Annual statistical returns and brief notes on vaccination in Bengal - 1896-1909
Year: 1896
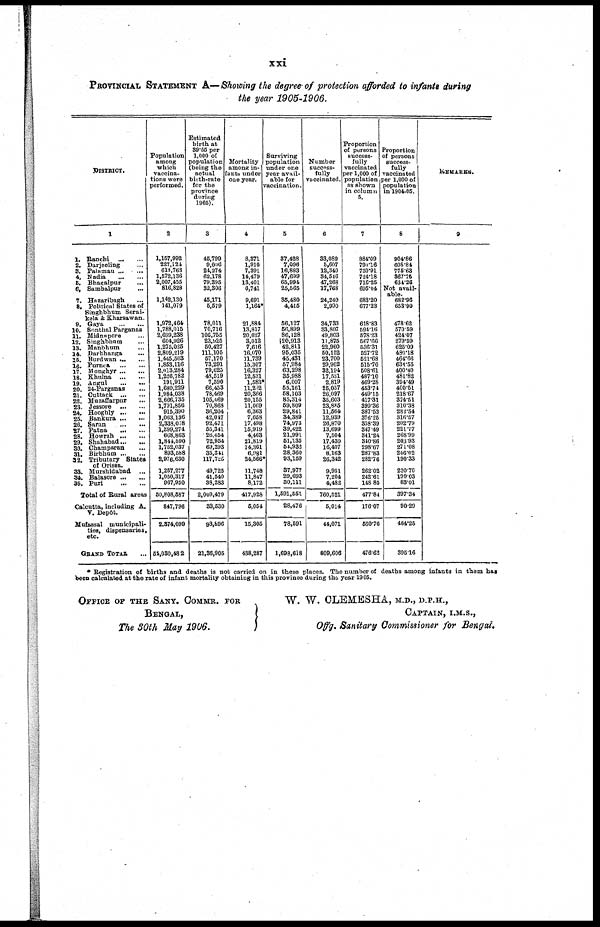
xxi
PROVINCIAL STATEMENT A—Showing the degree of protection afforded to infants during
the year 1905-1906.
DISTRICT.
1
1. Ranchi
...
...
2. Darjeeling ... ...
3. Palamau ... ...
4. Nadia
...
...
5. Bhagalpur ... ...
6. Sambalpur ... ...
7. Hazaribagh ... ...
8. Political States of
Singhbhum Serai-
kela & Kharsawan.
9. Gaya
...
...
10. Sonthal Parganas
11. Midnapore ... ...
12. Singhbhum ... ...
13. Manbhum ... ...
14. Darbhanga ... ...
15. Burdwan ... ...
16. Purnea
...
...
17. Monghyr ... ...
18. Khulna
...
...
19. Angul
...
...
20. 24-Parganas ...
21. Cuttack
...
...
22. Muzaffarpur ... ...
23. Jessore
...
...
24. Hooghly
...
...
25. Bankura ... ...
26. Saran
...
...
27. Patna
...
...
28. Howrah
...
...
29. Shahabad ... ...
30. Champaran ... ...
31. Birbhum ... ...
32. Tributary States
of Orissa.
33. Murshidabad ...
34. Balasore ... ...
35. Puri
...
...
Total of Rural areas
Calcutta, including A.
V. Depôt.
Mufassal municipali-
ties, dispensaries,
etc.
GRAND TOTAL ...
Population
among
which
vaccina-
tions were
porformed.
2
1,157,992
227,724
613,763
1,572,136
2,007,455
816,828
1,142,130
141,079
1,972,464
1,788,015
2,699,238
604,926
1,275,025
2,809,219
1,445,503
1,853,116
2,013,284
1,226,782
191,911
1,680,229
1,984,038
2,666,735
1,791,856
915,390
1,063,136
2,338,078
1,399,271
668,863
1,844,590
1,752,037
893,588
2,976,630
1,257,277
1,050,317
967,950
50,808,587
847,796
2,374,099
54,030,482
Estimated
birth at
39.55 per
1,000 of
population
(being the
actual
birth-rate
for the
province
during
1905).
3
45,799
9,006
24,274
62,178
79,395
32,306
45,171
5,579
78,011
70,716
106,755
23,925
50,427
111,105
57,170
73,291
79,625
48,519
7,590
66,453
78,469
105,469
70,868
36,204
42,047
92,471
55,341
26,454
72,954
69,293
35,341
117,725
49,725
41,540
38,283
2,009,479
33,530
93,896
21,36,905
Mortality
among in-
fants under
one year.
4
8,371
1,910
7,391
14,479
13,401
6,741
9,691
1,164*
21,884
13,817
20,627
3,012
7,616
16,070
11,739
15,307
16,327
12,531
1,583*
11,202
20,366
20,155
11,069
6,363
7,658
17,498
15,919
4,463
21,819
14,361
6,981
24,566*
11,748
11,847
8,172
417,928
5,054
15,305
438,287
Surviving
population
under one
year avail-
able for
vaccination.
5
37,428
7,096
16,883
47,699
65,994
25,565
35,480
4,415
56,127
56,899
86,128
20,913
42,811
95,035
45,431
57,984
63,298
35,988
6,007
55,161
58,103
85,314
59,809
29,841
34,389
74,973
39,422
21,991
51,135
54,932
28,360
93,159
37,977
29,693
30,111
1,591,551
28,476
78,591
1,698,618
Number
success-
fully
vaccinated.
6
33,089
5,607
12,340
34,546
47,268
17,768
24,240
2,990
34,733
33,807
49,803
11,875
22,960
50,152
23,700
29,902
32,194
17,531
2,819
25,057
26,097
35,603
23,885
11,564
12,939
26,870
13,699
7,504
17,430
16,407
8,163
26,342
9,951
7,204
4,482
760,521
5,014
44,071
809,606
Proportion
of persons
success-
fully
vaccinated
per 1,000 of
population
as shown
in column
5.
7
884.09
790.l6
730.91
724.18
716.25
695.04
683.20
677.23
618.83
594.16
578.23
567.66
536.31
527.72
521.68
515.70
508.61
487.10
469.28
453.74
449.15
417.31
399.36
387.53
376.25
338.39
347.49
341.24
340.86
298.67
287.83
282.76
262.02
242.61
148.85
477.84
176.07
560.76
476.62
Proportion
of persons
success-
fully
vaccinated
per 1,000 of
population
in 1904-05.
8
904.86
608.84
775.63
367.75
634.26
Not avail-
able.
682.96
653.90
478.62
570.59
424.07
279.59
625.09
480.18
464.66
634.55
400.40
481.82
394.49
400.51
218.67
374.51
310.38
282.54
316.57
202.79
221.77
268.99
203.93
271.08
246.02
190.33
220.70
199.03
83.01
397.34
90.29
464.25
395.16
REMARKS.
9
* Registration of births and deaths is not carried on in these places. The number of deaths among infants in them has
been calculated at the rate of infant mortality obtaining in this province during the year 1905.
OFFICE OF THE SANY. COMMR. FOR
BENGAL,
The 30th May 1906.
W. W. CLEMESHA, M.D., D.P.H.,
CAPTAIN, I.M.S.,
Offg. Sanitary Commissioner for Bengal.